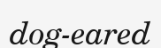
dog-eared